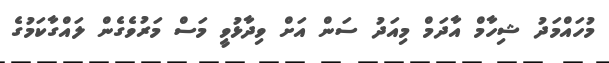
މުހައްމަދު ޝިހާމް އާދަމް މިއަދު ސަން އަށް ވިދާޅުވީ މަސް މަރުވެގެން ލައްގާކަމުގެ